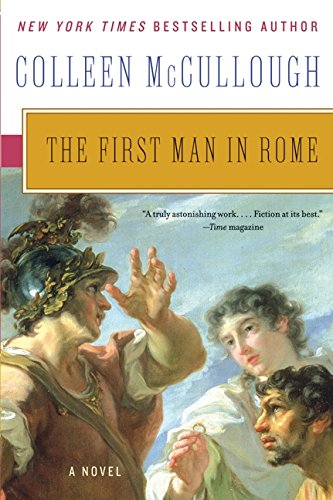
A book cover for The First Man in Rome (Masters of Rome); Colleen McCullough; Literature & Fiction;